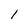
Character: 1